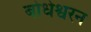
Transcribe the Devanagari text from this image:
बोधेश्वरन